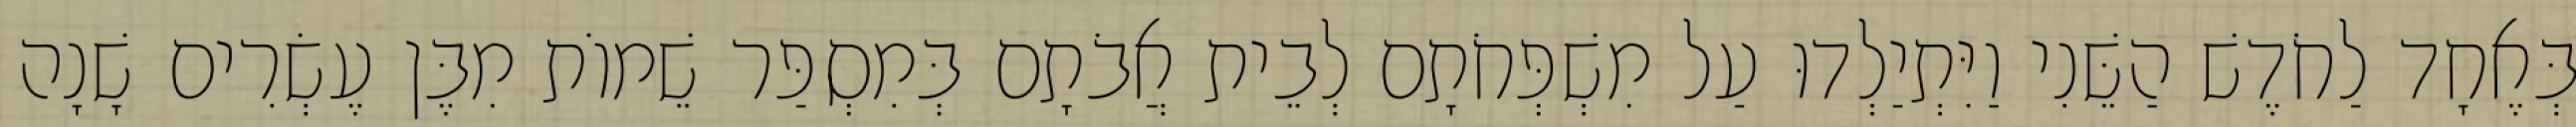
בְּאֶחָד לַחֹדֶשׁ הַשֵּׁנִי וַיִּתְיַלְדוּ עַל מִשְׁפְּחֹתָם לְבֵית אֲבֹתָם בְּמִסְפַּר שֵׁמוֹת מִבֶּן עֶשְׂרִים שָׁנָה